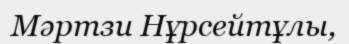
Мәртзи Нұрсейтұлы,